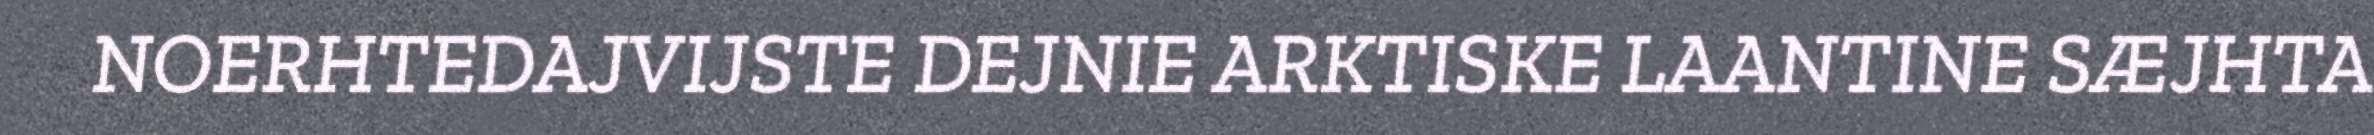
NOERHTEDAJVIJSTE DEJNIE ARKTISKE LAANTINE SÆJHTA